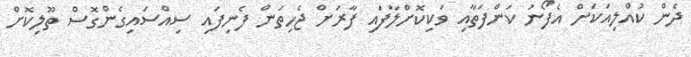
ދެން ކުއްލިއަކަށް އެފޯނު ކަންފަތާއި ވަކިކޮށްލާފައި ފާރަށް ޖެހިތަން ފެނިފައި ސިއްސައިގެންގޮސް ތޫލިކޮށް